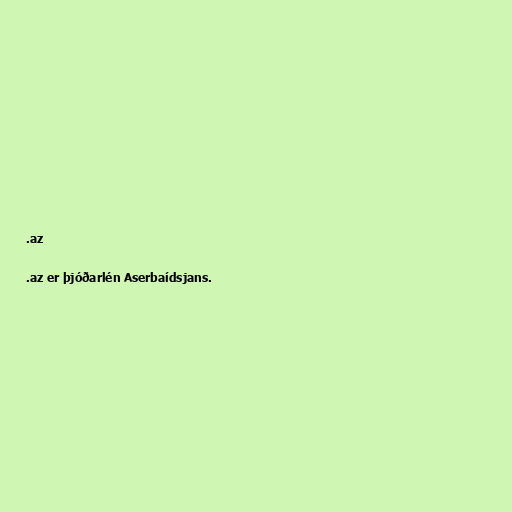
.az

.az er þjóðarlén Aserbaídsjans.